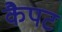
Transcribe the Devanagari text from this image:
कैपट